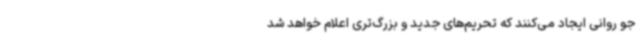
جو روانی ایجاد می‌کنند که تحریم‌های جدید و بزرگ‌تری اعلام خواهد شد